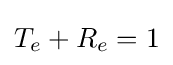
T_{e}+R_{e}=1